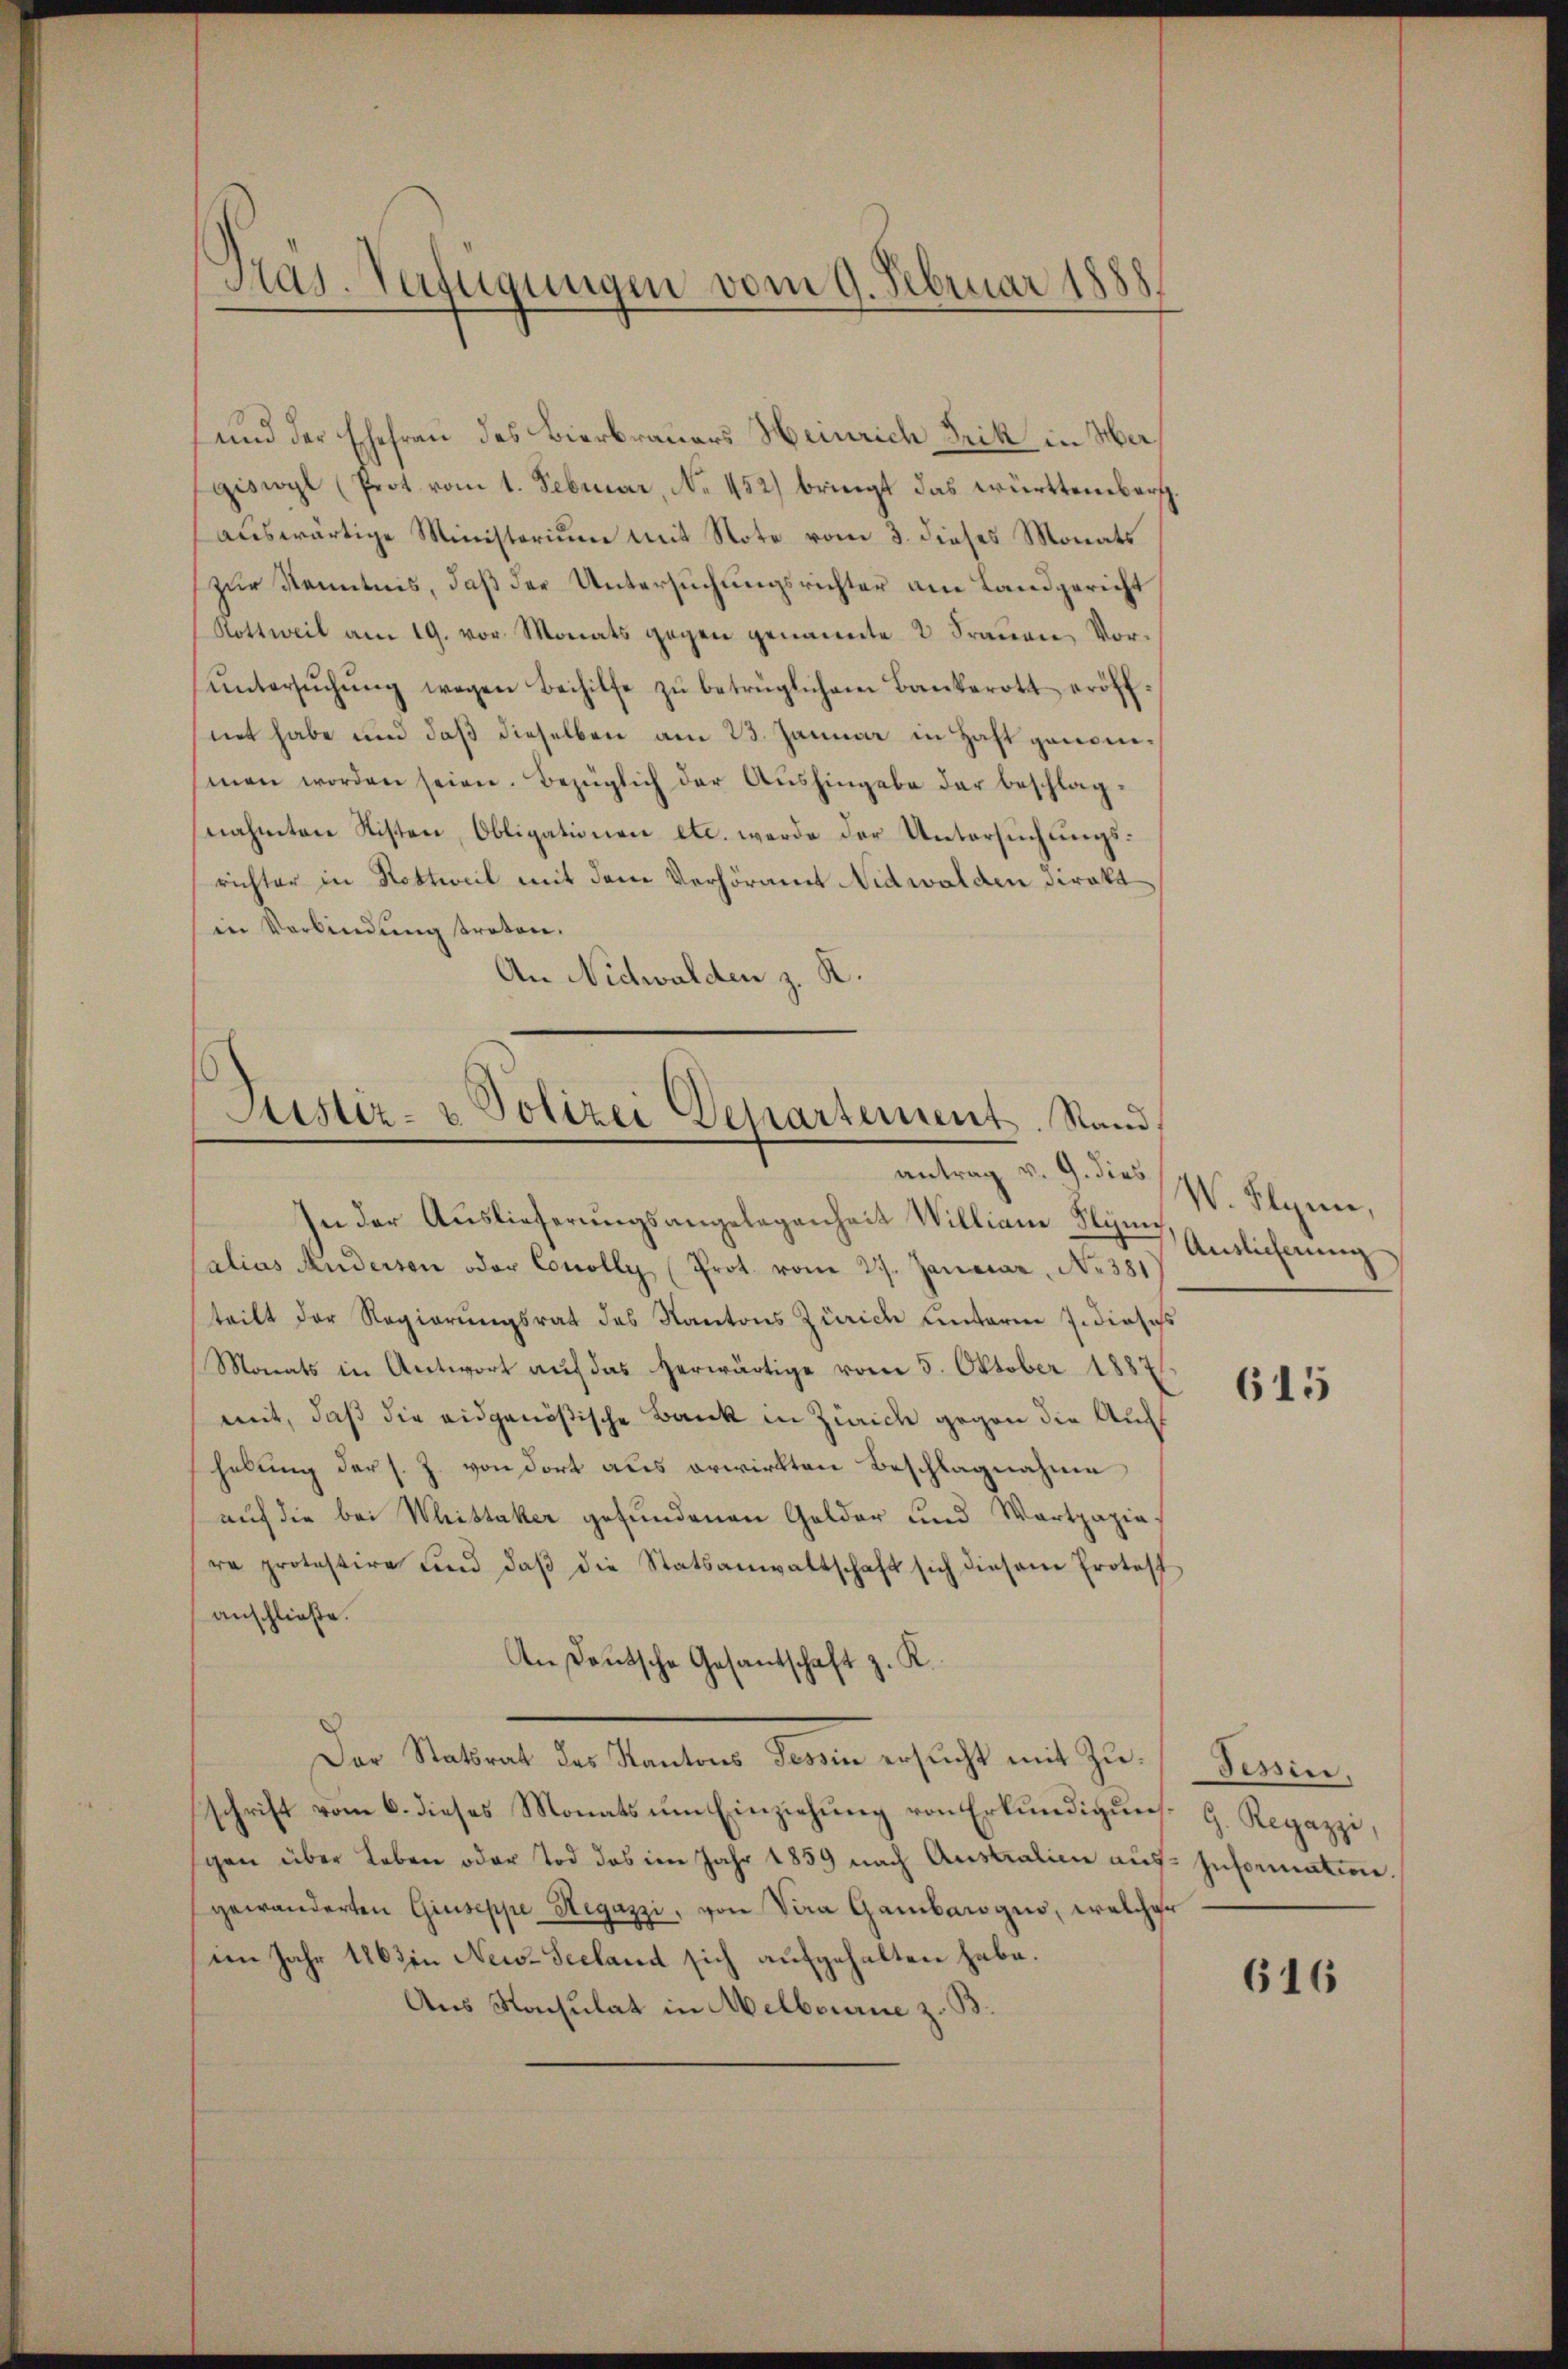
Pas. Verfügungen vom 9. Februar 1888

und der Ehefrau des Bierbrauers Heinrich Frik in Magiswyl (Prot vom 1. Februar, No. 452) bringt das württemberg.
auswärtige Ministorium mit Note vom 3. dieses Monats
zur Kenntnis, daß der Untersuchungsrichter am Landgericht
Rottweil am 19. vor Monats gegen genannte 2 Frauen, Vorŭntersŭchŭng wegen Beihilfe zŭ betrüglichem Bankerott eröff-
met habe und daß dieselben am 23. Januar in Haft genommen worden seien. Bezüglich der Aushingabe der beschlagnahmten Risten, Obligationen etc. werde der Untersuchungsrichter in Nottweil mit dem Verhöramt Nidwalden direkt
in Verbindung treten.
An Nidwalden z. K.

Justiz- & Polizei Departement. Stand,
antrag v. 9. dies

In der Auslieferungsangelegenheit Willian Plym
salias Rudersen oder Concolle (Prot. vom 27. Januar, No 381
teilt der Regierungsrat des Kantons Zürich unterm Jidiosis
Monats in Antwort auf das herwärtige vom 5. Oktober 1887
mit, daß die eidgenößische Bank in Zürich gegen die Aushelung der s. Z. von dort aus erwirkten Beschlagnahme
auf die bei Weistaker gefundenen Gelder und Wartpapiere protestire und daβ die Statsanwaltschaft sich diesem Protest
anschließe.
An Deutsche Gesantschaft z. K.
Der Statsrat des Kantons Tessin ersucht mit Zuschrift vom 6. dieses Monats um Einziehung von Erkundigung G. Regazzi,
gen über Leben oder Tod des im Jahr 1859 nach Australien auf Information.
gewänderten Giuseppe Hegazzi, von Via Gambarogus, welcher
im Jahr 1863 in New-Seeland sich aufgehalten habe.
Aus Nachulat in Melbourne z. B.

W. Hlynne,
Auslieferung

615

Tessin.

616